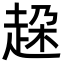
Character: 趓